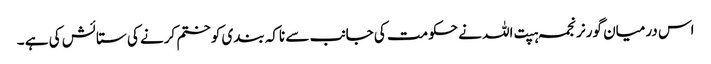
اس درمیان گورنر نجمہ ہپت اللہ نے حکومت کی جانب سے ناکہ بندی کو ختم کرنے کی ستائش کی ہے ۔